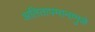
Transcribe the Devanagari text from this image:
अतितापमानामुळे